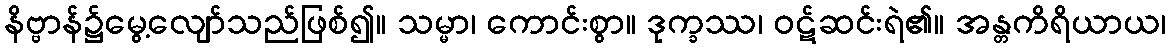
နိဗ္ဗာန်၌မွေ့လျော်သည်ဖြစ်၍။ သမ္မာ၊ ကောင်းစွာ။ ဒုက္ခဿ၊ ဝဋ်ဆင်းရဲ၏။ အန္တကိရိယာယ၊